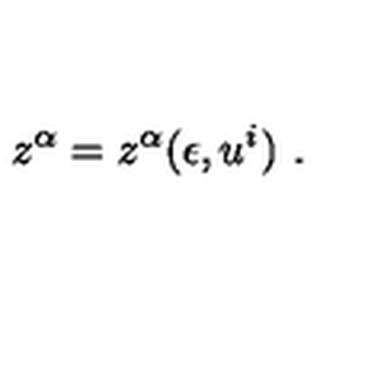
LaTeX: z ^ { \alpha } = z ^ { \alpha } ( \epsilon , u ^ { i } ) \ .